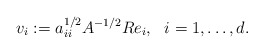
\begin{align*}v_i := a_{ii}^{1/2}A^{-1/2}Re_i,\ \ i = 1, \ldots, d. \end{align*}